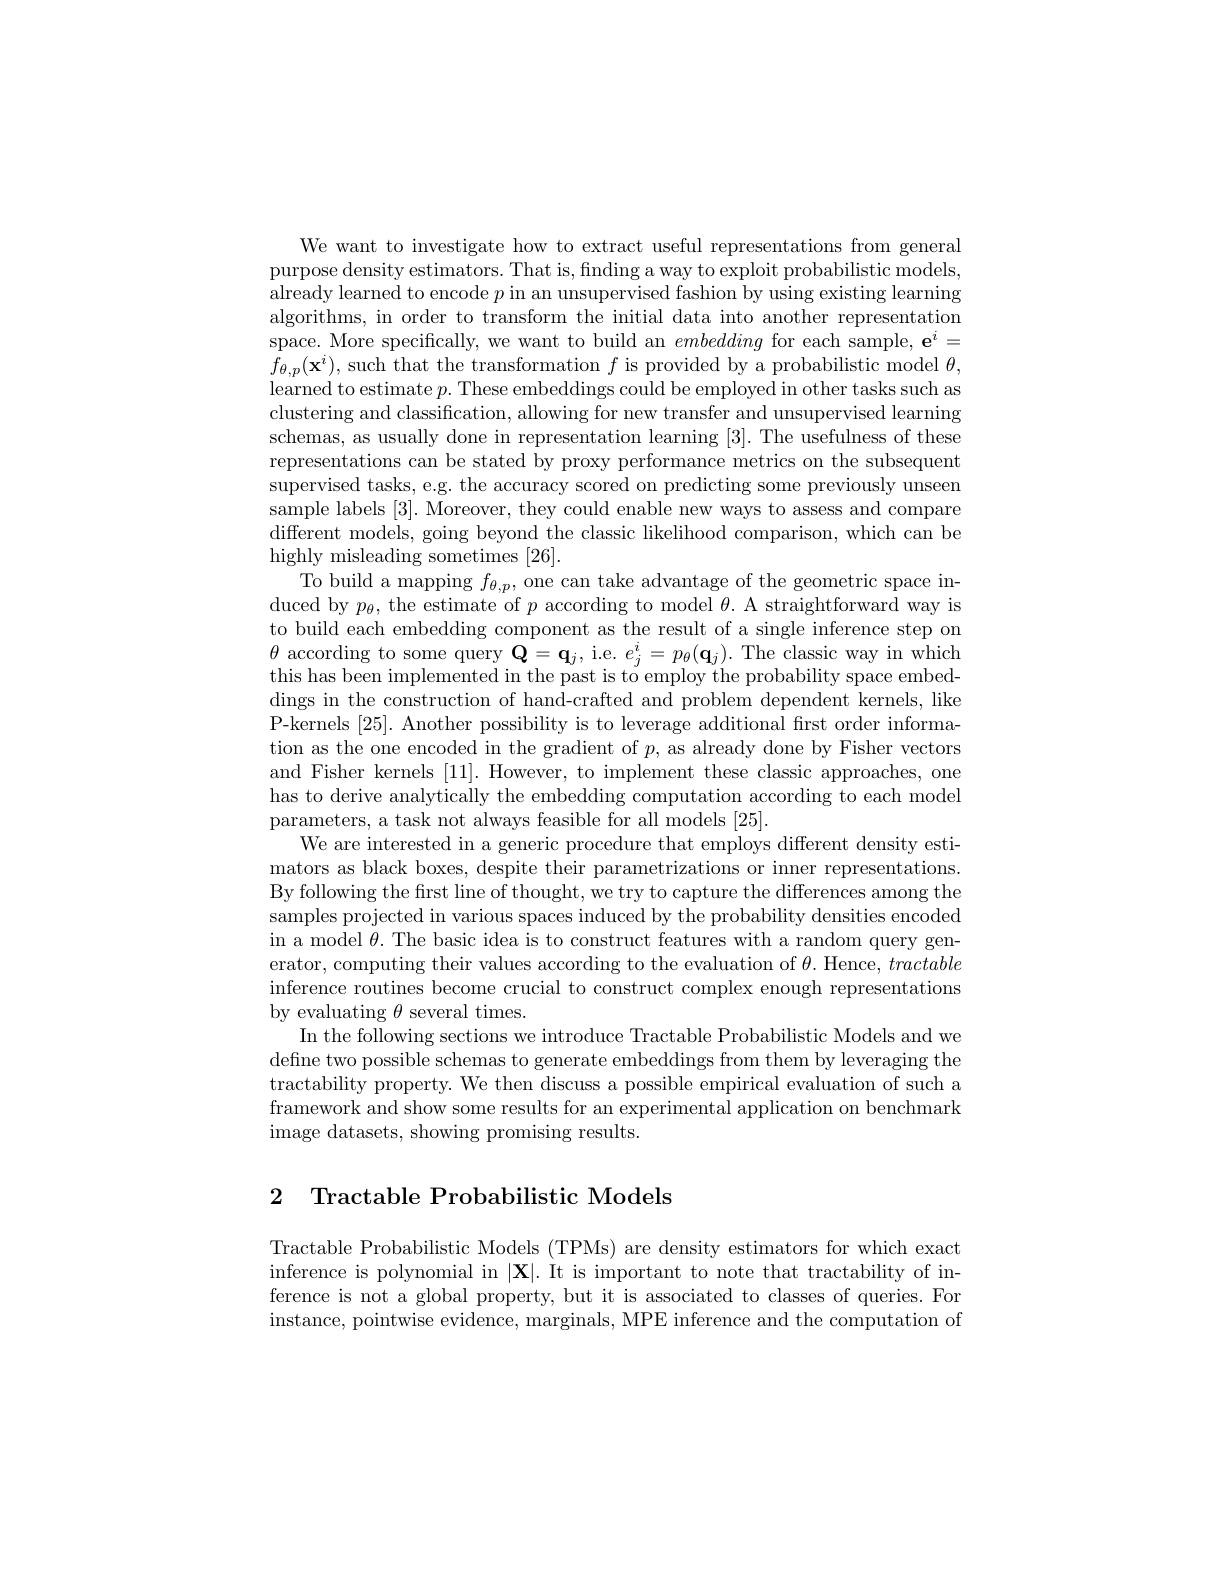
We want to investigate how to extract useful representations from general purpose density estimators. That is, finding a way to exploit probabilistic models, already learned to encode $p$ in an unsupervised fashion by using existing learning algorithms, in order to transform the initial data into another representation space. More specifically, we want to build an embedding for each sample, $\mathrm{e}^i=$ $f_{\theta,p}(\mathbf{x}^{i})$, such that the transformation $f$ is provided by a probabilistic model $\theta$, learned to estimate $p.$ These embeddings could be employed in other tasks such as clustering and classification, allowing for new transfer and unsupervised learning schemas, as usually done in representation learning [3]. The usefulness of these representations can be stated by proxy performance metrics on the subsequent supervised tasks, e.g. the accuracy scored on predicting some previously unseen sample labels [3]. Moreover, they could enable new ways to assess and compare different models, going beyond the classic likelihood comparison, which can be highly misleading sometimes [26].
To build a mapping $f_{\theta,p}$, one can take advantage of the geometric space induced by $p_\theta$, the estimate of $p$ according to model $\theta.$ A straightforward way is to build each embedding component as the result of a single inference step on $\theta$ according to some query $\mathbf{Q}=\mathbf{q}_{j}$, i.e. $e_{j}^{i}=p_{\theta}(\mathbf{q}_{j}).$ The classic way in which this has been implemented in the past is to employ the probability space embeddings in the construction of hand-crafted and problem dependent kernels, like P-kernels [25]. Another possibility is to leverage additional first order information as the one encoded in the gradient of $p$,as already done by Fisher vectors and Fisher kernels [11]. However, to implement these classic approaches, one has to derive analytically the embedding computation according to each model parameters, a task not always feasible for all models [25].
We are interested in a generic procedure that employs different density estimators as black boxes, despite their parametrizations or inner representations. By following the frst line of thought, we try to capture the differences among the samples projected in various spaces induced by the probability densities encoded in a model $\theta.$ The basic idea is to construct features with a random query generator, computing their values according to the evaluation of $\theta.$ Hence, tractable inference routines become crucial to construct complex enough representations by evaluating $\theta$ several times.
In the following sections we introduce Tractable Probabilistic Models and we define two possible schemas to generate embeddings from them by leveraging the tractability property. We then discuss a possible empirical evaluation of such a framework and show some results for an experimental application on benchmark image datasets, showing promising results.

2 Tractable Probabilistic Models

Tractable Probabilistic Models (TPMs) are density estimators for which exact inference is polynomial in $|\mathbf{X}|.$ It is important to note that tractability of inference is not a global property, but it is associated to classes of queries. For instance, pointwise evidence, marginals, MPE inference and the computation of